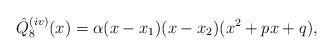
LaTeX: \begin{align*}\hat{Q}_8^{(iv)}(x)=\alpha(x- x_1)(x- x_2)(x^2+p x+q),\end{align*}